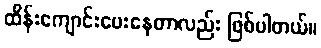
ထိန်းကျောင်းပေးနေတာလည်း ဖြစ်ပါတယ်။